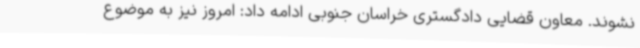
نشوند. معاون قضایی دادگستری خراسان جنوبی ادامه داد: امروز نیز به موضوع